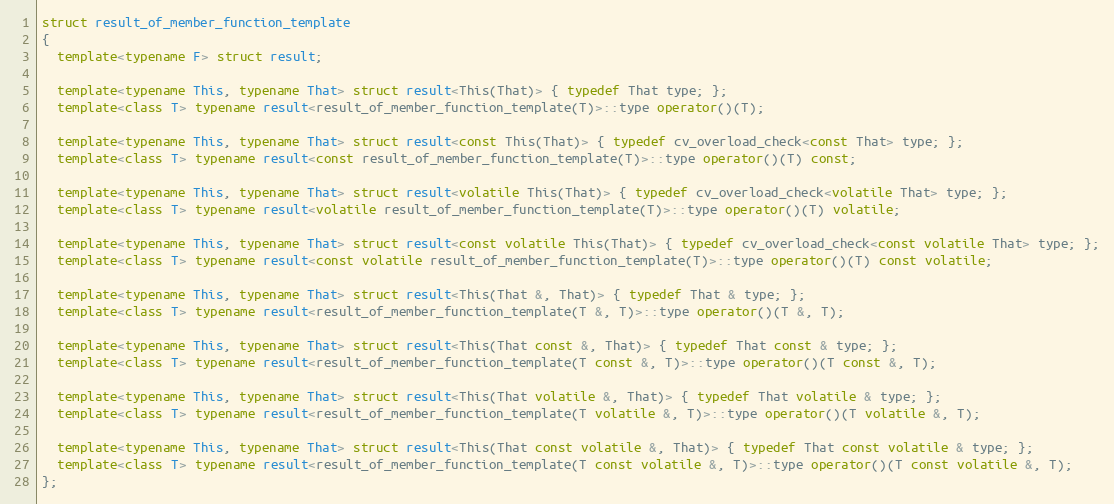
Language: C++
struct result_of_member_function_template
{
  template<typename F> struct result;

  template<typename This, typename That> struct result<This(That)> { typedef That type; };
  template<class T> typename result<result_of_member_function_template(T)>::type operator()(T);

  template<typename This, typename That> struct result<const This(That)> { typedef cv_overload_check<const That> type; };
  template<class T> typename result<const result_of_member_function_template(T)>::type operator()(T) const;

  template<typename This, typename That> struct result<volatile This(That)> { typedef cv_overload_check<volatile That> type; };
  template<class T> typename result<volatile result_of_member_function_template(T)>::type operator()(T) volatile;

  template<typename This, typename That> struct result<const volatile This(That)> { typedef cv_overload_check<const volatile That> type; };
  template<class T> typename result<const volatile result_of_member_function_template(T)>::type operator()(T) const volatile;

  template<typename This, typename That> struct result<This(That &, That)> { typedef That & type; };
  template<class T> typename result<result_of_member_function_template(T &, T)>::type operator()(T &, T);

  template<typename This, typename That> struct result<This(That const &, That)> { typedef That const & type; };
  template<class T> typename result<result_of_member_function_template(T const &, T)>::type operator()(T const &, T);

  template<typename This, typename That> struct result<This(That volatile &, That)> { typedef That volatile & type; };
  template<class T> typename result<result_of_member_function_template(T volatile &, T)>::type operator()(T volatile &, T);

  template<typename This, typename That> struct result<This(That const volatile &, That)> { typedef That const volatile & type; };
  template<class T> typename result<result_of_member_function_template(T const volatile &, T)>::type operator()(T const volatile &, T);
};